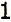
1